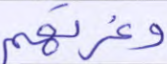
وغرتهم